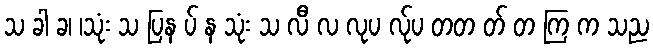
သ ခါ ခ၊ ၊သုံး သ ပြန ပ် န သုံး သ လီ လ လုပ လ်ုပ တတ တ် တ ကြ က သည